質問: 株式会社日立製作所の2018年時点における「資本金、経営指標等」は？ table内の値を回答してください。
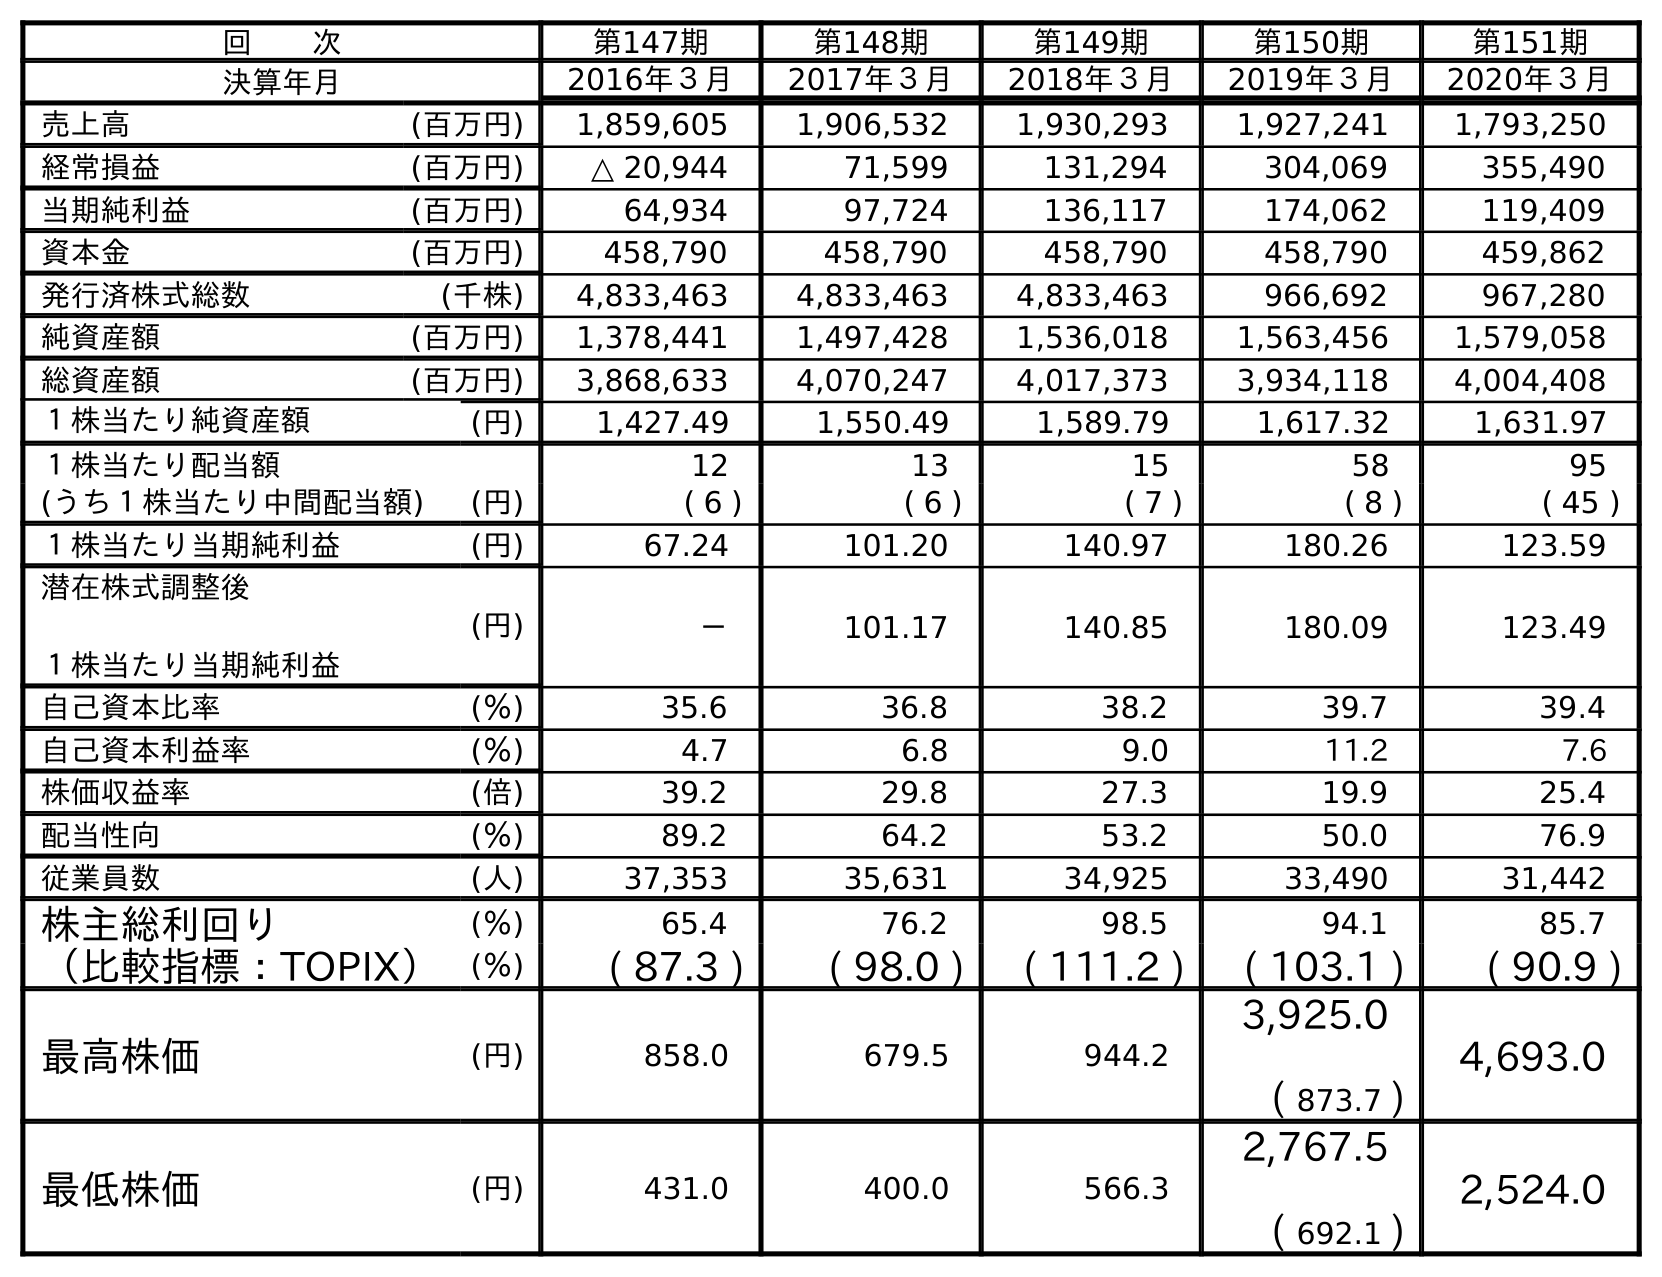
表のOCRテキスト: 回  次 第147期 第148期 第149期 第150期 第151期 決算年月 2016年３月 2017年３月 2018年３月 2019年３月 2020年３月 売上高 (百万円) 1,859,605 1,906,532 1,930,293 1,927,241 1,793,250 経常損益 (百万円) △ 20,944 71,599 131,294 304,069 355,490 当期純利益 (百万円) 64,934 97,724 136,117 174,062 119,409 資本金 (百万円) 458,790 458,790 458,790 458,790 459,862 発行済株式総数 (千株) 4,833,463 4,833,463 4,833,463 966,692 967,280 純資産額 (百万円) 1,378,441 1,497,428 1,536,018 1,563,456 1,579,058 総資産額 (百万円) 3,868,633 4,070,247 4,017,373 3,934,118 4,004,408 １株当たり純資産額 (円) 1,427.49 1,550.49 1,589.79 1,617.32 1,631.97 １株当たり配当額 12 13 15 58 95 (うち１株当たり中間配当額) (円) ( 6 ) ( 6 ) ( 7 ) ( 8 ) ( 45 ) １株当たり当期純利益 (円) 67.24 101.20 140.97 180.26 123.59 潜在株式調整後 １株当たり当期純利益 (円) － 101.17 140.85 180.09 123.49 自己資本比率 (％) 35.6 36.8 38.2 39.7 39.4 自己資本利益率 (％) 4.7 6.8 9.0 11.2 7.6 株価収益率 (倍) 39.2 29.8 27.3 19.9 25.4 配当性向 (％) 89.2 64.2 53.2 50.0 76.9 従業員数 (人) 37,353 35,631 34,925 33,490 31,442 株主総利回り (％) 65.4 76.2 98.5 94.1 85.7 （比較指標：TOPIX） (％) ( 87.3 ) ( 98.0 ) ( 111.2 ) ( 103.1 ) ( 90.9 ) 最高株価 (円) 858.0 679.5 944.2 3,925.0 ( 873.7 ) 4,693.0 最低株価 (円) 431.0 400.0 566.3 2,767.5 ( 692.1 ) 2,524.0
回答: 458,790